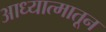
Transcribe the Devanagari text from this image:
आध्यात्मातून